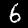
Label: 6